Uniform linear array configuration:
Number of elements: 32
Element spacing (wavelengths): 0.75
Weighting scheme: hann
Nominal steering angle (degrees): -15
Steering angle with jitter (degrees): -13.181
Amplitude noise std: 0.05
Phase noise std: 0.05

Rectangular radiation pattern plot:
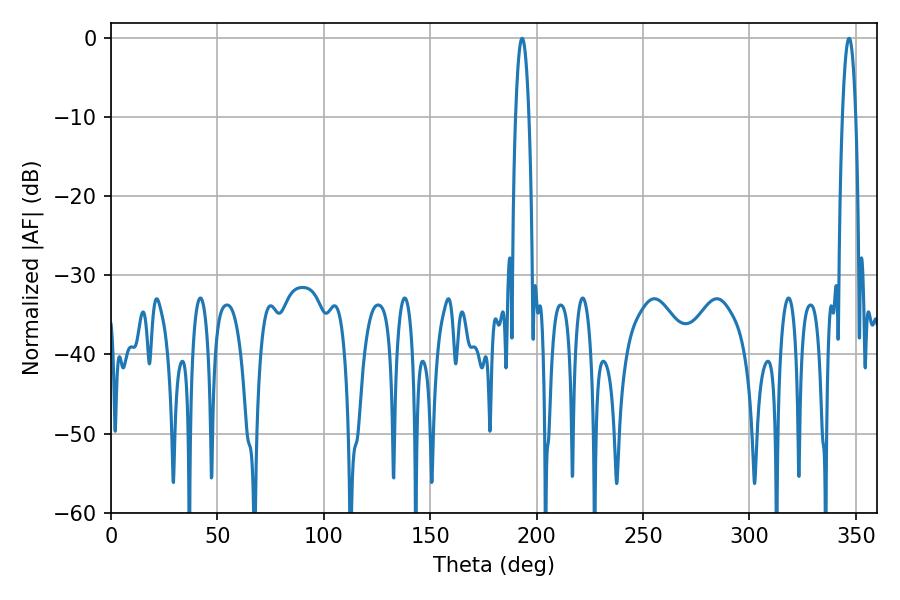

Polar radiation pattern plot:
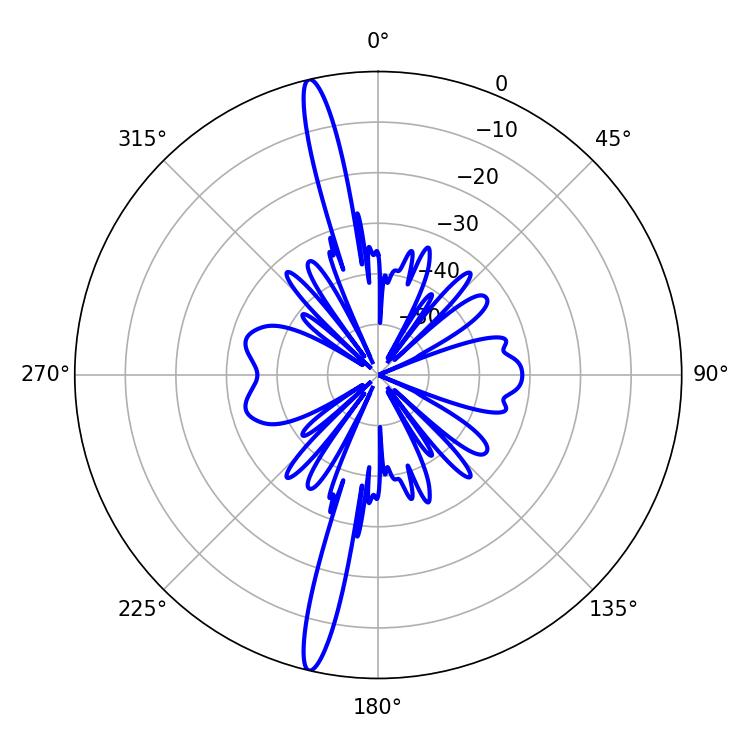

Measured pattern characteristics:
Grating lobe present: TRUE
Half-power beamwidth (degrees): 3.42
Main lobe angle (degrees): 193.14